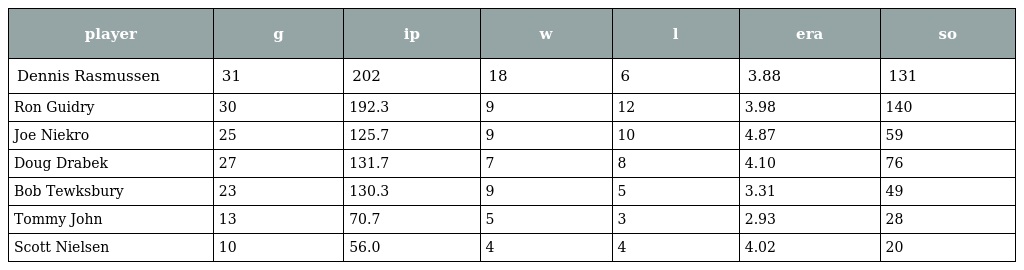
| player | g | ip | w | l | era | so |
 | --- | --- | --- | --- | --- | --- | --- |
 | Dennis Rasmussen | 31 | 202 | 18 | 6 | 3.88 | 131 |
 | Ron Guidry | 30 | 192.3 | 9 | 12 | 3.98 | 140 |
 | Joe Niekro | 25 | 125.7 | 9 | 10 | 4.87 | 59 |
 | Doug Drabek | 27 | 131.7 | 7 | 8 | 4.10 | 76 |
 | Bob Tewksbury | 23 | 130.3 | 9 | 5 | 3.31 | 49 |
 | Tommy John | 13 | 70.7 | 5 | 3 | 2.93 | 28 |
 | Scott Nielsen | 10 | 56.0 | 4 | 4 | 4.02 | 20 |